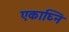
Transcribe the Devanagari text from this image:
एकाघ्नि